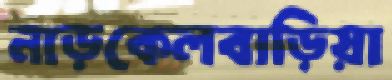
নাড়কেলবাড়িয়া